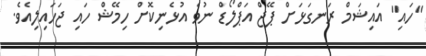
"ހައި" އައިޝަމް ރަނގަޅަށް ޕޭޖް އަޕްލޯޑް ނުވެ އުޅެނިކޮށް ހިމޭޝް ހައި ޖަހައިލިއެވެ.